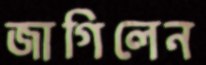
জাগিলেন